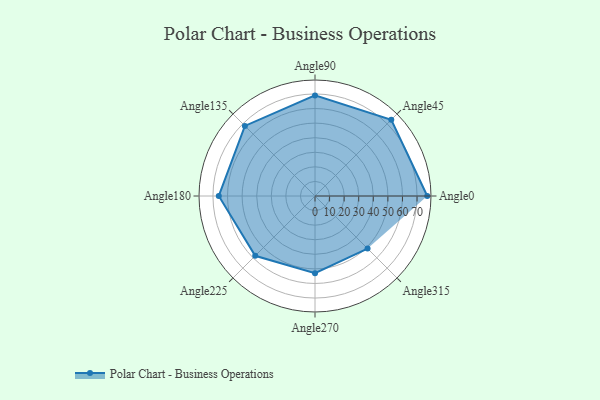
{"axis": {"x": "Angle", "y": "Radius"}, "legend": [""], "data": [{"x": "Angle0", "y": 77.0, "type": ""}, {"x": "Angle45", "y": 74.0, "type": ""}, {"x": "Angle90", "y": 69.0, "type": ""}, {"x": "Angle135", "y": 68.0, "type": ""}, {"x": "Angle180", "y": 66.0, "type": ""}, {"x": "Angle225", "y": 58.0, "type": ""}, {"x": "Angle270", "y": 53.0, "type": ""}, {"x": "Angle315", "y": 51.0, "type": ""}]}